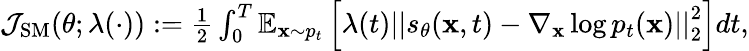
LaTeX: \begin{array}{r}{\mathcal{J}_{\mathrm{SM}}(\theta;\lambda(\cdot)):=\frac{1}{2}\int_{0}^{T}\mathbb{E}_{\mathbf{x}\sim p_{t}}\left[\lambda(t)\left|\left|s_{\theta}(\mathbf{x},t)-\nabla_{\mathbf{x}}\log p_{t}(\mathbf{x})\right|\right|_{2}^{2}\right]dt,}\end{array}